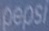
Pepsi